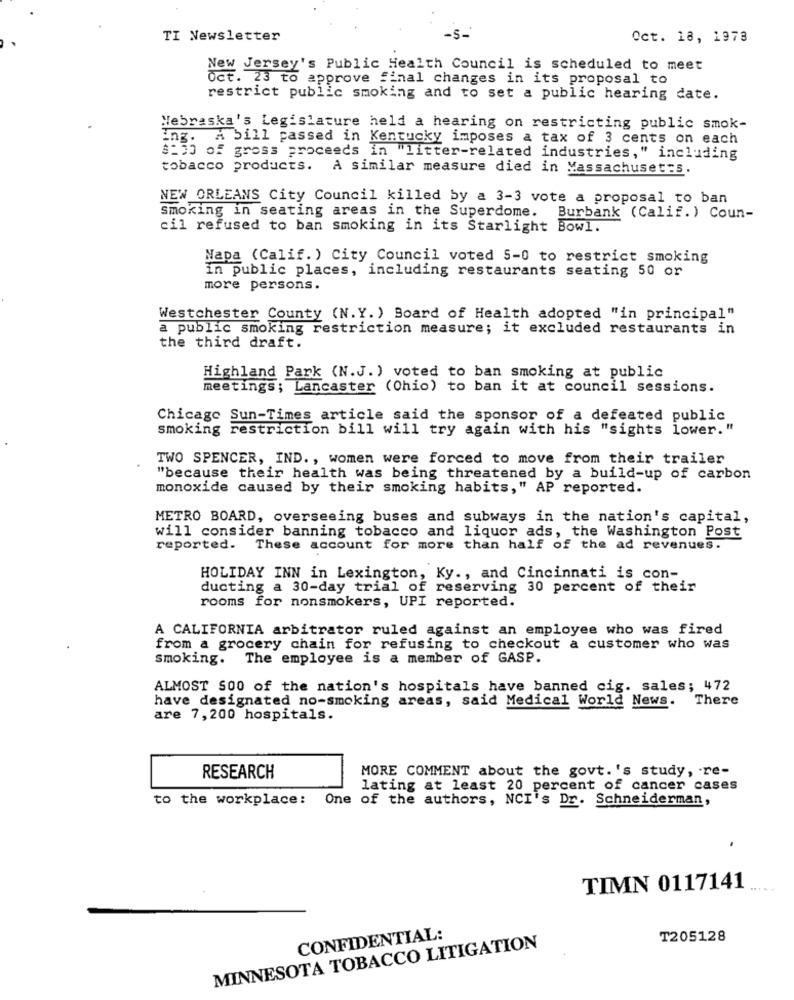
TI Newsletter
Oct. 18, 1978
New Jersey's Public Health Council is scheduled to meet
Oct. 23 to approve final changes in its proposal to
restrict public smoking and to set a public hearing date.
Nebraska's Legislature held a hearing on restricting public smok-
ing. A bill passed in Kentucky imposes a tax of 3 cents on each
$250 of gross proceeds in "litter-related industries," including
tobacco products. A similar measure died in Massachusetts.
NEW ORLEANS City Council killed by a 3-3 vote a proposal to ban
Smoking in seating areas in the Superdome. Burbank (Calif. ) Coun-
cil refused to ban smoking in its Starlight Bowl.
Napa (Calif. ) City Council voted 5-0 to restrict smoking
in public places, including restaurants seating 50 or
more persons.
Westchester County (N.Y. ) Board of Health adopted "in principal"
a public smoking restriction measure; it excluded restaurants in
the third draft.
Highland Park (N.J. ) voted to ban smoking at public
meetings; Lancaster (Chio) to ban it at council sessions.
Chicago Sun-Times article said the sponsor of a defeated public
smoking restriction bill will try again with his "sights lower. "
TWO SPENCER, IND ., women were forced to move from their trailer
"because their health was being threatened by a build-up of carbon
monoxide caused by their smoking habits," AP reported.
METRO BOARD, overseeing buses and subways in the nation's capital,
will consider banning tobacco and liquor ads, the Washington Post
reported. These account for more than half of the ad revenues.
HOLIDAY INN in Lexington, Ky ., and Cincinnati is con-
ducting a 30-day trial of reserving 30 percent of their
rooms for nonsmokers, UPI reported.
A CALIFORNIA arbitrator ruled against an employee who was fired
from a grocery chain for refusing to checkout a customer who was
smoking. The employee is a member of GASP.
ALMOST 500 of the nation's hospitals have banned cig. sales; 472
have designated no-smoking areas, said Medical World News. There
are 7,200 hospitals.
MORE COMMENT about the govt. 's study, re-
RESEARCH
lating at least 20 percent of cancer cases
to the workplace:
One of the authors, NCI's Dr. Schneiderman,
TIMN 0117141
CONFIDENTIAL:
T205128
MINNESOTA TOBACCO LITIGATION